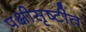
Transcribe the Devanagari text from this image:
पक्षीसृष्टीत